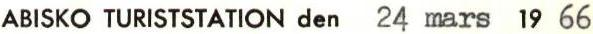
ABISKO TURISTSTATION den 24 mars 1966